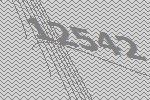
12542